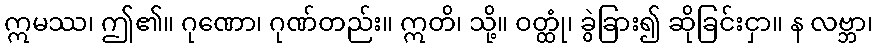
ဣမဿ၊ ဤ၏။ ဂုဏော၊ ဂုဏ်တည်း။ ဣတိ၊ သို့။ ဝတ္ထုံ၊ ခွဲခြား၍ ဆိုခြင်းငှာ။ န လဗ္ဘာ၊